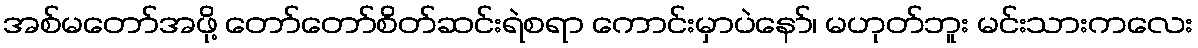
အစ်မတော်အဖို့ တော်တော်စိတ်ဆင်းရဲစရာ ကောင်းမှာပဲနော်၊ မဟုတ်ဘူး မင်းသားကလေး